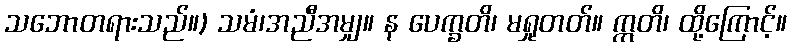
သဘောတရားသည်။) သမံ၊အညီအမျှ။ န ပေက္ခတိ၊ မရှုတတ်။ ဣတိ၊ ထို့ကြောင့်။